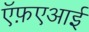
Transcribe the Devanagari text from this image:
ऍफ़एआई